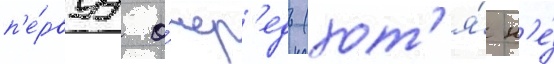
п'е́рвуу о́чер'едь (хот'я́ н'е́